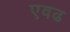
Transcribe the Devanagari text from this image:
एवढ